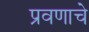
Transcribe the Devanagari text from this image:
प्रवणाचे